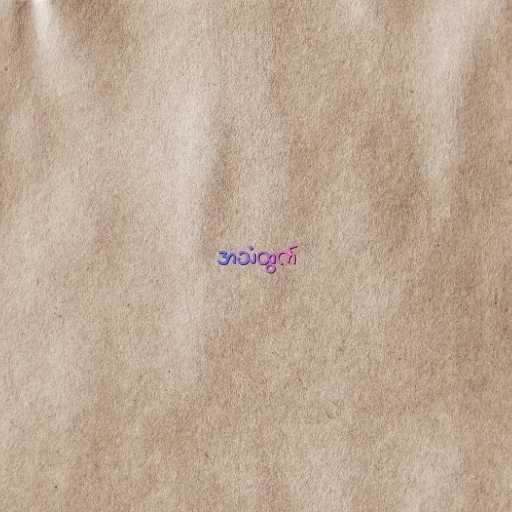
အသံထွက်